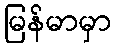
မြန်မာမှာ